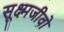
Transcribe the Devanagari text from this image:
सूक्ष्मजीवो